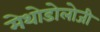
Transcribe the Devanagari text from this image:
मेथोडोलोजी